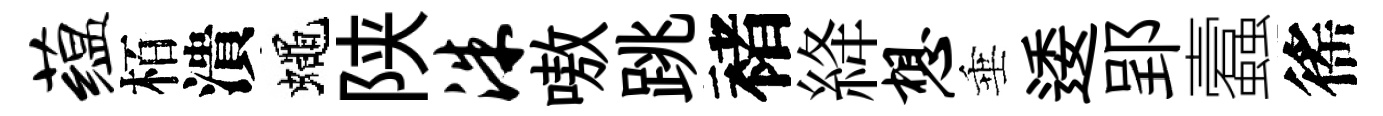
蕴栢潰蠅陕洙嗷跳褚絳想垂逶郢蠧徭